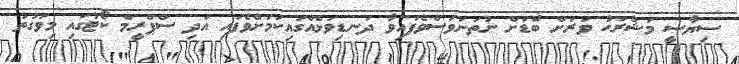
ސިޔާސީ މަޝްރަޙު ވަރަށް ބޮޑަށް ނުތަނަވަސްވެފައިވާ ދަނޑިވަޅެއްގައިކަމަށްވެފައި އަދި ސްޕްރީމް ކޯޓުގައި މިވަގުތު